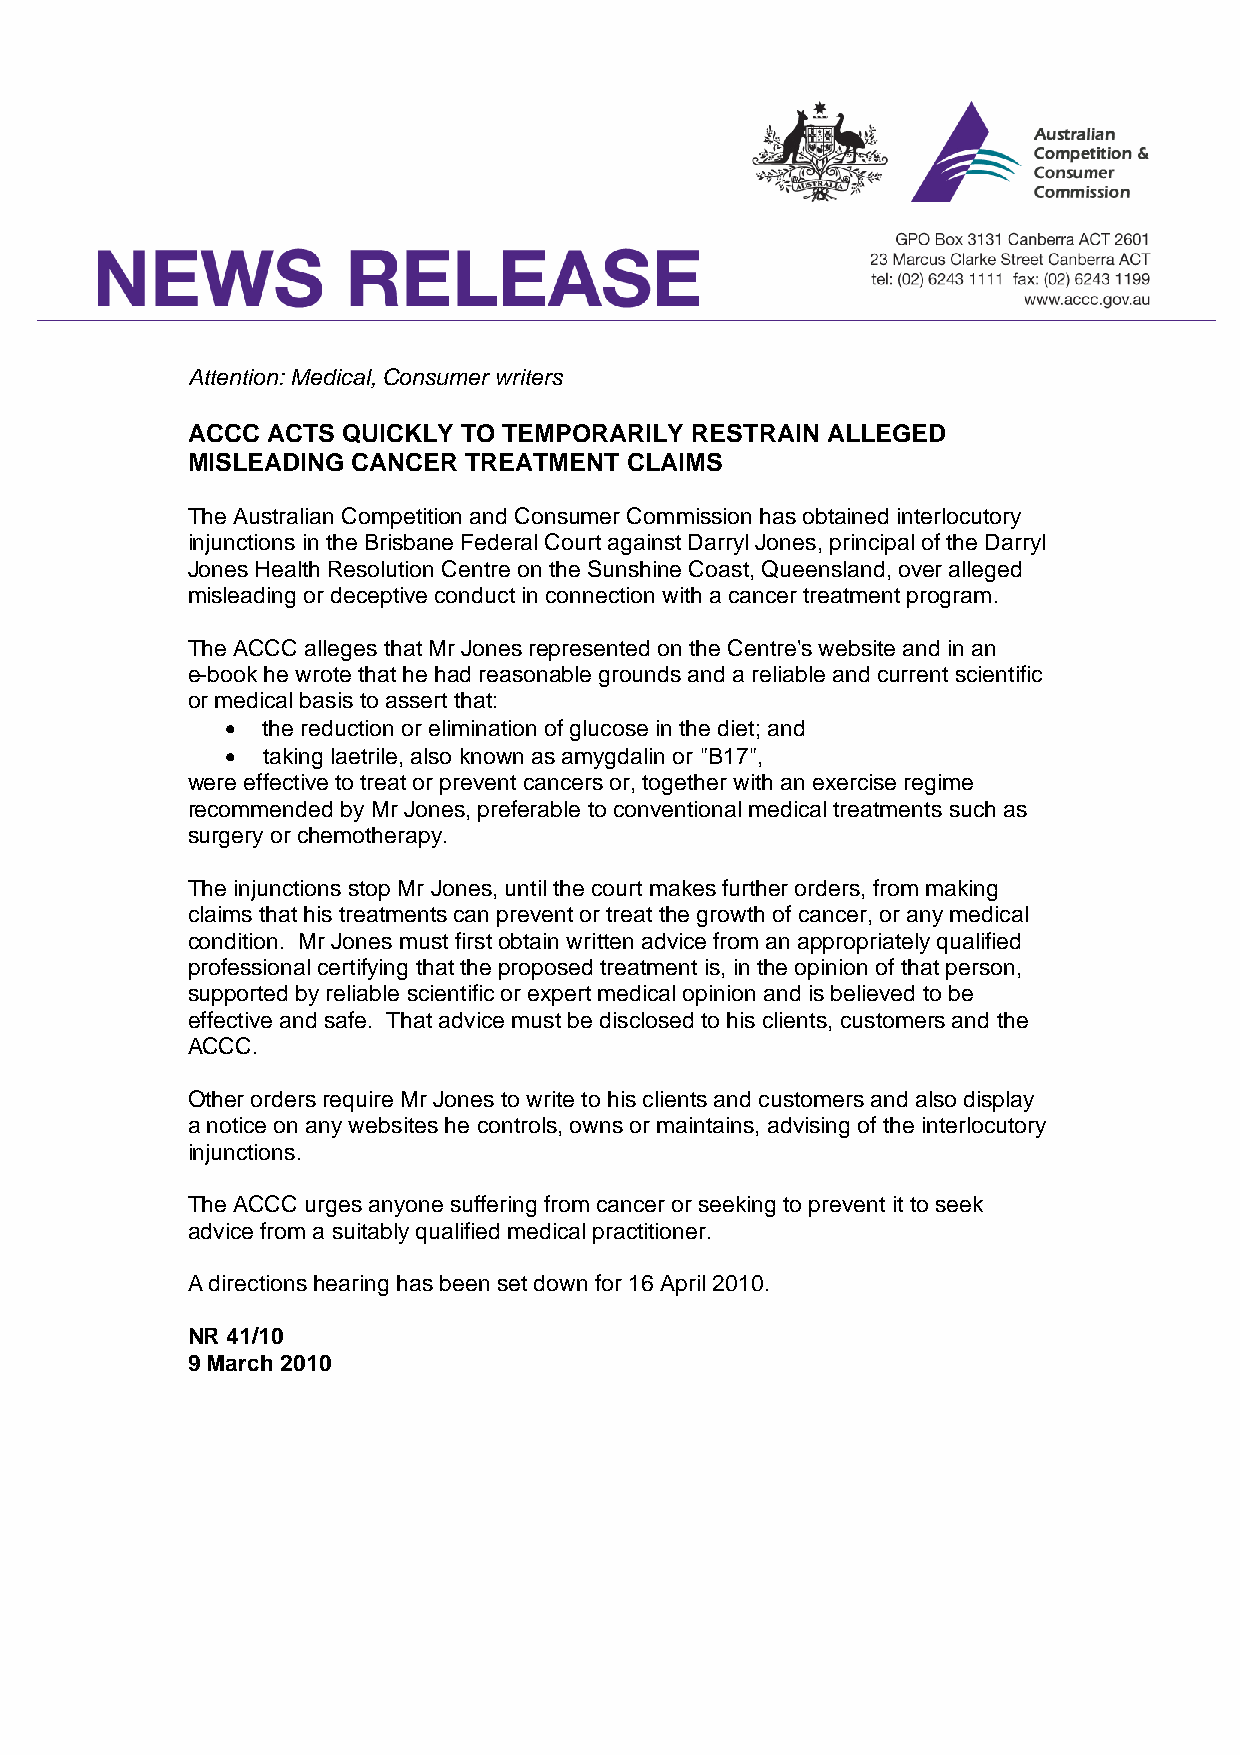
Attention: Medical, Consumer writers
 ACCC  ACTS QUICKLY TO TEMPORARILY RESTRAIN ALLEGED
 MISLEADING CANCER  TREATMENT CLAIMS
 The Australian Competition and Consumer Commission has obtained interlocutory
 injunctions in the Brisbane Federal Court against Darryl Jones, principal of the Darryl
 Jones Health Resolution Centre on the Sunshine Coast, Queensland, over alleged
 misleading or deceptive conduct in connection with a cancer treatment program.
 The ACCC alleges that Mr Jones represented on the Centre's website and in an
 e-book he wrote that he had reasonable grounds and a reliable and current scientific
 or medical basis to assert that:
 • the reduction or elimination of glucose in the diet; and
 • taking laetrile, also known as amygdalin or "B17",
 were effective to treat or prevent cancers or, together with an exercise regime
 recommended by Mr Jones, preferable to conventional medical treatments such as
 surgery or chemotherapy.
 The injunctions stop Mr Jones, until the court makes further orders, from making
 claims that his treatments can prevent or treat the growth of cancer, or any medical
 condition. Mr Jones must first obtain written advice from an appropriately qualified
 professional certifying that the proposed treatment is, in the opinion of that person,
 supported by reliable scientific or expert medical opinion and is believed to be
 effective and safe. That advice must be disclosed to his clients, customers and the
 ACCC.
 Other orders require Mr Jones to write to his clients and customers and also display
 a notice on any websites he controls, owns or maintains, advising of the interlocutory
 injunctions.
 The ACCC urges anyone suffering from cancer or seeking to prevent it to seek
 advice from a suitably qualified medical practitioner.
 A directions hearing has been set down for 16 April 2010.
 NR 41/10
 9 March 2010